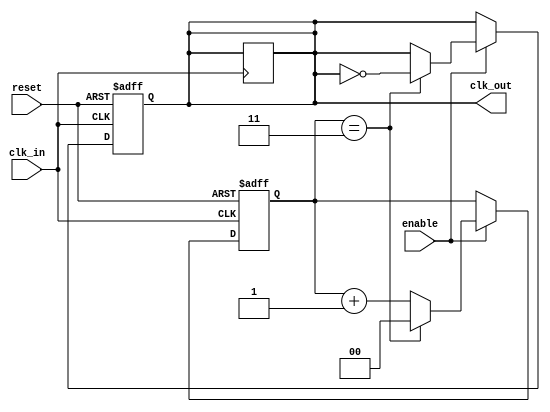
module clk_divider #(
    parameter DIV_FACTOR = 4 // Division factor, must be >= 1
)(
    input wire clk_in,      // Input clock signal
    input wire reset,       // Asynchronous reset signal
    input wire enable,      // Enable signal for clock division
    output reg clk_out      // Output clock signal
);

    // Internal counter
    reg [$clog2(DIV_FACTOR)-1:0] counter; // Counter width based on DIV_FACTOR

    // Asynchronous reset and clock division logic
    always @(posedge clk_in or posedge reset) begin
        if (reset) begin
            counter <= 0; // Reset counter
            clk_out <= 0; // Reset output clock
        end else if (enable) begin
            // Increment counter only when enabled
            if (counter == DIV_FACTOR - 1) begin
                clk_out <= ~clk_out; // Toggle the output clock
                counter <= 0; // Reset the counter
            end else begin
                counter <= counter + 1; // Increment counter
            end
        end
    end

    // Initialization for cases where DIV_FACTOR is 1
    always @(posedge clk_in) begin
        if (!reset && enable && (DIV_FACTOR == 1)) begin
            clk_out <= ~clk_out; // Directly toggle clk_out if DIV_FACTOR is 1
        end
    end

endmodule